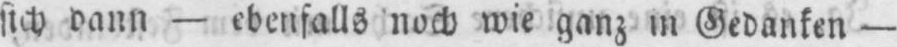
sich dann - ebenfalls noch wie ganz in Gedanken -